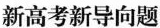
新高考新导向题